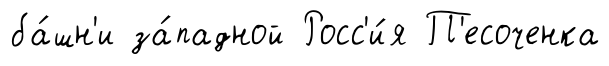
ба́шн'и за́падной Росс'и́я П'есоченка